Medical and sanitary report of the native army of Bengal for the year
Year: 1874
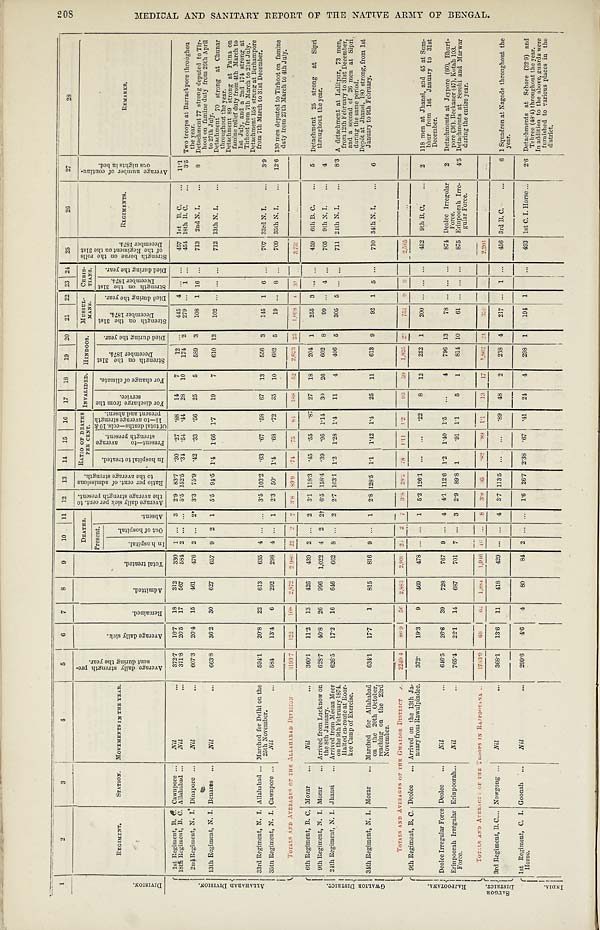
1
2
3
4
5
6
7
8
9
1 0 1 1 1 2
1 3
1 4
1 5
1 6
1 7
1 8
2 0
2 1
2 2
2 3
2 4 2 5 2 6
2 7
2 8
2 9
3 0
D I V I S I O N .
R E G I M E N T .
S T A T I O N .
MOVEMENTS I N THE YEAR.
A v e r a g e d a i l y s t r e n g t h p e r - s e n t d u r i n g t h e y e a r .
A v e r a g e d a i l y s i c k .
R e m a i n e d .
A d m i t t e d .
T o t a l t r e a t e d .
D E A T H S .
A v e r a g e d a i l y s i c k p e r c e n t . t o t h e a v e r a g e s t r e n g t h p r e s e n t . R a t i o p e r c e n t . o f a d m i s s i o n s t o t h e a v e r a g e s t r e n g t h .
R A T I O O F D E A T H S P E R C E N T .
I N V A L I D E D .
H I N D O O S .
M U S S U L - M A N S .
C H R I S - T I A N S .
S t r e n g t h b o r n e o n t h e r o l l s o f t h e R e g i m e n t o n t h e 3 1 s t D e c e m b e r 1 8 7 4 .
R E G I M E N T S .
A v e r a g e n u m b e r o f c o n t i n u - o u s n i g h t s i n b e d .
P r e s e n t .
A b s e n t .
I n h o s p i t a l t o t r e a t e d .
P r e s e n t — t o a v e r a g e s t r e n g t h p r e s e n t .
O f t o t a l d e a t h s — c o l s . 1 0 & 1 1 — t o a v e r a g e s t r e n g t h p r e s e n t a n d a b s e n t .
F o r d i s c h a r g e f r o m t h e s e r v i c e .
F o r c h a n g e o f c l i m a t e .
S t r e n g t h o n t h e 3 1 s t D e c e m b e r 1 8 7 4 .
D i e d d u r i n g t h e y e a r . S t r e n g t h o n t h e 3 1 s t D e c e m b e r 1 8 7 4 .
D i e d d u r i n g t h e y e a r .
S t r e n g t h o n t h e 3 1 s t D e c e m b e r 1 8 7 4 .
D i e d d u r i n g t h e y e a r .
I n h o s p i t a l .
O u t o f h o s p i t a l .
A L L A H A B A D D I V I S I O N . 1 s t R e g i me n t , B . C .
C a w n p o r e
Nil
372·7
10·7 18
312
330 1 ... 3 2·9 83·7 ·30 ·27 ·88 14
7
12
. . .
445 4
. . . . . .
457
1 s t B . C .
1 1 · 1
1 8 t h Re g i me n t , B. C.
A l l a h a b a d
Nil
371·8 20·5 17
567
584 2 ... ... 5·5 152·5
· 3 4
· 5 4
·44 28 10
174 2
279 ... 1
. . .
451
1 8 t h B . C .
3 · 5
To t roops at Barrackpore t hroughou t he year.
2 n d Re g i me n t , N. I .
D i n a p o r e
Nil
607·3 20·4 15
461
476 2 ... 2* 3·3 75·9 ·42 ·33 ·56 25
5
589 3
108 1 16 ...
713
2 n d N . I .
8
Detachment 77 strong deputed to Tir-hoot on famine duty from 26th April to 27th July.
1 3 t h R e g i me n t , N. I .
B e n a r e s
Nil
663·8 36·2 30
627
657 9 2 1 5·5 94·5 1·4 1·66 1·7
19
7
610 12
102 ... ... ...
712
1 3 t h N . I .
D e t a c h m e n t 7 0 s t r o n g a t C h u n a r t h r o u g h o u t t h e y e a r . D e t a c h m e n t 8 9 s t r o n g a t P a t n a o n f a m i n e r e l i e f d u t y f r o m 4 t h M a r c h t o 1 s t J u l y , a n d a 2 n d 1 7 4 s t r o n g a t T i r h o o t f r o m 7 t h M a r c h t o 2 1 s t J u l y . D e t a c h m e n t 1 5 8 s t r o n g a t B e r h a m p o r e f r o m 7 t h M a r c h t o 3 1 s t D e c e m b e r .
3 3 r d Re g i me n t , N. I .
A l l a h a b a d
Ma r c h e d f o r De l h i o n t h e 2 5 t h No v e mb e r .
594·1
20·8 22
613
635 4 ... ... 3·5 103·2 ·63 ·67 ·58 67 13
556 3
145 1 6
. . .
707
3 3 r d N . I .
3 · 9
3 5 t h Re g i me n t , N. I .
C a w n p o r e
N i l
584
13·4
6
292
298 4 ... 1 2·3 50· 1·4 ·68 ·72 35 10
682 5
19
. . .
8
...
709
3 5 t h N . I .
1 2 · 6
130 me n de put e d t o Ti r hoot on f a mi ne dut y f r om 27t h Ma r c h t o 4t h J ul y.
T O T A L S A N D A V E R A G E O F T H E A L L A H A B A D D I V I S I O N
3 1 9 3 · 7
1 2 2
1 0 8
2 , 8 7 2
2 , 9 8 0
2 2 2
7 3 · 8
8 9 · 9
· 7 4
· 7 5
· 8 4
1 8 8 5 2
2 , 6 2 3
2 5
1 , 0 9 8
4
3 1 . . .
3 , 7 5 2
. . .
. . .
G W A L I O R D I S T R I C T . 6 t h R e g i me n t , B . C .
M o r a r
Nil
360·1
11·2 13
426
439 2 ... 2 3·1 118·3 ·45 ·55 ·87 27 18
204 1
255 3 ...
. . .
459
6 t h B . C .
5
Det achment 25 st r ong at Si pr i t hr oughout t he year .
9 t h R e g i me n t , N. I .
M o r a r
A r r i v e d f r o m L u c k n o w o n t h e 8 t h J a n u a r y .
628·7
40·8 26
996 1,022 4 2
2 †
6·5 158·4 ·39 ·95 11 30 26
602 8
99 ... 4
. . .
705
9 t h N . I .
4
2 4 t h Re g i me n t , N. I .
J h a n s i
A r r i v e d f r o m M e e a n M e e r o n t h e 9 t h F e b r u a r y 1 8 7 4 . H a l t e d e n - r o u t e a t R o o r - k e e C a m p o f E x e r c i s e .
626·5 17·2 16
646
662 8 ... 2 2·7 103·1 1·2 1·28 1·4
11
4
406 5
305 5 ...
. . .
711
2 4 t h N . I .
8 · 3 A d e t a c h m e n t a t L a l i t p u r , 7 3 m e n , f r o m 1 2 t h F e b r u a r y t o 3 1 s t D e c e m b e r , a n d a s e c o n d o f 2 6 m e n a t S i p r i d u r i n g t h e s a m e p e r i o d . D e p ô a t a t J h a n s i , 1 8 0 s t r o n g , f r o m 1 s t J a n u a r y t o 9 t h F e b r u a r y .
3 4 t h Re g i me n t , N. I .
M o r a r
M a r c h e d f o r A l l a h a b a d o n t h e 2 0 t h O c t o b e r , r e a c h i n g o n t h e 2 3 r d N o v e m b e r .
634·1 17·7
1
815
816 9 ... 1 2·8 128·5 1·1 1·42 1·4 25 11
613 9
92 1 5 ...
710
3 4 t h N . I .
6
T O T A L S A N D A V E R A G E S O F T H E G W A L I O R D I S T R I C T
2249·4
8 6 9
5 6
2 , 8 8 3
2 , 9 3 9
2 6
2 7 3 · 8
2 8 · 2
· 7 8
1 · 1 1
1 · 2
9 3
5 9
1 , 8 2 5
2 3 7 5 1
9
9
2,585
...
. . .
R A J P O O T A N A . 9 t h R e g i me n t , B . C .
D e o l e e
A r r i v e d o n t h e 1 3 t h J a - n u a r y f r o m R a w u l p i n d e e .
372·
19·3
9
469
478 ... ... 1 5·2 126·1
. . .
. . .
·22
8 12
252 1
200 ... ... ...
452
9 t h B . C .
2
118 me n a t J ha ns i , a nd 45 a t Sum- bhur f r om 1s t J a nua r y t o 31s t De c e mbe r .
De o l e e I r r e g u l a r F o r c e
D e o l e e
Nil
646·5 26·6 39
728
767 9 ... 4 4·1 112·6 1·2 1·40 1·5
. . .
4
796 1
7 8
. . .
. . .
. . .
874
D e o l e e I r r e - g u l a r F o r c e .
2
D e t a c h m e n t a t J e y p o r e ( 6 0 ) , B h u r t - p o r e ( 3 6 ) . B e c k a n e r ( 4 7 ) , K o t a h 1 0 3 .
E r i n p o o r a h I r r e g u l a r F o r c e .
E r i n p o o r a h
Nil
765·4 22·1 14
687
701 7 ... 3 2·9 89·8 1
·91 1·1
5
1
814 10
6 1 . . . . . . . . .
875
E r i n p o o r a h I r r e - g u l a r F o r c e .
4 · 5
De t a c hme nt a t Se r ohi a nd Ma r wa r dur i ng t he e nt i r e ye a r .
T O T A L S A N D A V E R A G E S O F T H E T R O O P S I N R A J P O O T A N A
1783·9
6 8
6 2
1 , 8 8 4
1,916
4 6 . . .
8
3 · 8
9 5
· 8 2
· 8 9
1 · 1
1 3
1 7
1 , 8 6 2
2 4 3 3 9
2 , 2 0 1
...
. . .
S A U G O R D I S T R I C T .
3 r d Re g i me n t , B. C.
N o w g o n g
Nil
368·1
13·6 11
418
429 ... ... 4 3·7 113·5
. . . . . .
·89 48
2
238 4
217 ... 1 ...
456
3 r d B . C .
6 1 Squadron at Nagode throughout the year.
I N D I A . 1 s t R e g i me n t , C . I . H o r s e
G o o n a h
Nil
299·6 4·6
4
80
84 2
. . . . . .
1·6 26·7 2·38 ·67 ·41 24
4
298 1
194 1
...
493
1 s t C . I . H o s e
2 · 6 D e t a c h m e n t a t S e h o r e ( 3 2 · 9 ) a n d T e h r e e ( 4 8 · 4 ) t h r o u g h o u t t h e y e a r . I n a d d i t i o n t o t h e a b o v e , g u a r d s w e r e f u r n i s h e d t o v a r i o u s p l a c e s i n t h e d i s t r i c t .
208 MEDICAL AND SANITARY REPORT OF THE NATIVE ARMY OF BENGAL.